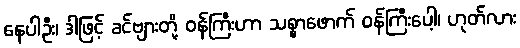
နေပါဦး၊ ဒါဖြင့် ခင်ဗျားတို့ ဝန်ကြီးဟာ သစ္စာဖောက် ဝန်ကြီးပေါ့၊ ဟုတ်လား